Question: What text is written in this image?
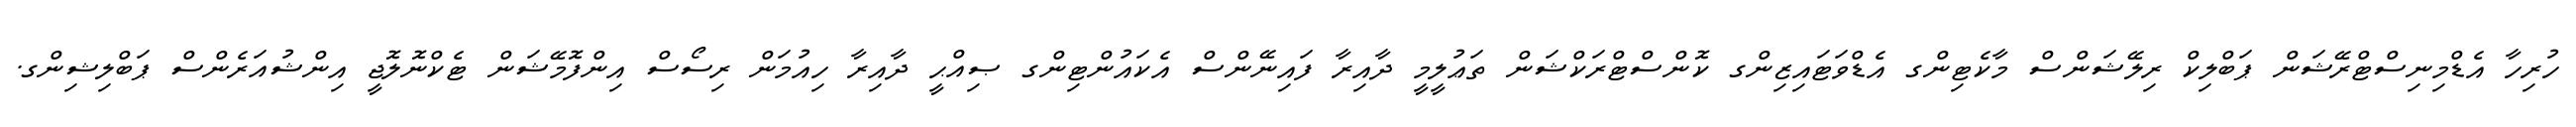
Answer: ހުރިހާ އެޑްމިނިސްޓްރޭޝަން ޕަބްލިކް ރިލޭޝަންސް މާކެޓިންގ އެޑްވަޓައިޒިންގ ކޮންސްޓްރަކްޝަން ތަޢުލީމީ ދާއިރާ ފައިނޭންސް އެކައުންޓިންގ ޞިއްޙީ ދާއިރާ ހިއުމަން ރިސޯސް އިންފޮމޭޝަން ޓެކްނޮލޮޖީ އިންޝުއަރެންސް ޕަބްލިޝިންގ.